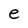
Character: e